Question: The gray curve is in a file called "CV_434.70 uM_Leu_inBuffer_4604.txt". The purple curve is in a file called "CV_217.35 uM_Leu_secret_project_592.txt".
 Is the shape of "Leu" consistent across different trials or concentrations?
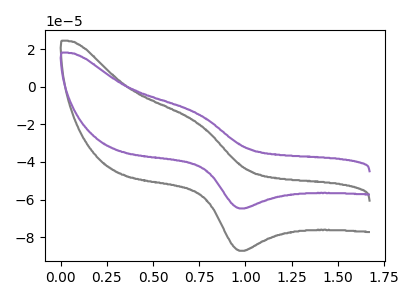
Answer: <think>The gray curve "Leu, 434.70 uM" has an anodic peak at (0.75V, -18.80uA) and a cathodic peak at (1.00V, -87.25uA). The purple curve "Leu, 217.35 uM" has an anodic peak at (0.75V, -13.95uA) and a cathodic peak at (1.00V, -64.70uA).
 All the peaks in "Leu, 434.70 uM" have a peak in "Leu, 217.35 uM" at the same potential.</think>
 <answer>All the CV's of "Leu" have similar shape.</answer>
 <eval>follow_rule</eval>